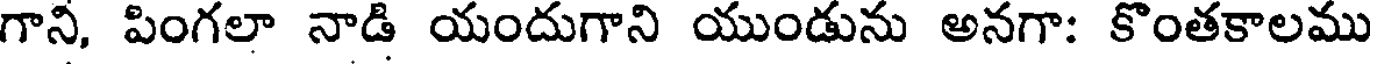
గాని, పింగలా నాడి యందుగాని యుండును అనగా: కొంతకాలము